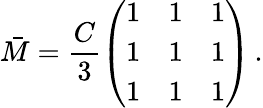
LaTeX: \bar{M}=\frac{C}{3}\left(\begin{array}{ccc}{{1}}&{{1}}&{{1}}\\ {{1}}&{{1}}&{{1}}\\ {{1}}&{{1}}&{{1}}\end{array}\right)\, .